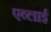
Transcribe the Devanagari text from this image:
एब्लाई